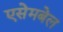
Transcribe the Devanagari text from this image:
एसेमबेल